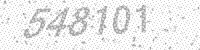
Solution: 548101